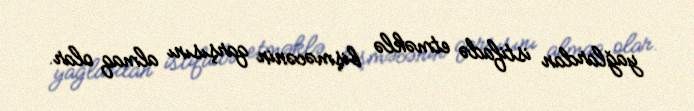
yağlardan istifadə etməklə bişməcənin qarşısını almaq olar.